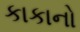
કાકાનો